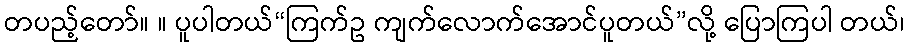
တပည့်တော်။ ။ ပူပါတယ်“ကြက်ဥ ကျက်လောက်အောင်ပူတယ်”လို့ ပြောကြပါ တယ်၊